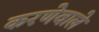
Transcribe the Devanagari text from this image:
करणेवाले